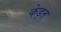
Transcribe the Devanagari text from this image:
केड्त